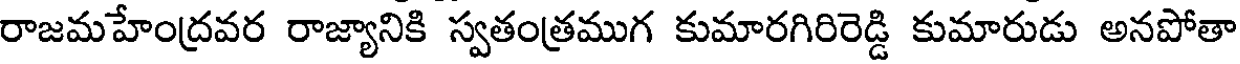
రాజమహేంద్రవర రాజ్యానికి స్వతంత్రముగ కుమారగిరిరెడ్డి కుమారుడు అనపోతా